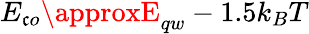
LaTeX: E_{\mathfrak{c}o}\approxE_{qw}-1.5k_{B}T